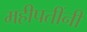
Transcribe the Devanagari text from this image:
महीपतींनी